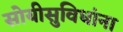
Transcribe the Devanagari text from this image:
सोयीसुविधांना